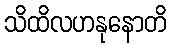
သိထိလဟနုနောတိ